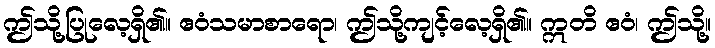
ဤသို့ပြုလေ့ရှိ၏။ ဧဝံသမာစာရော၊ ဤသို့ကျင့်လေ့ရှိ၏။ ဣတိ ဧဝံ၊ ဤသို့။